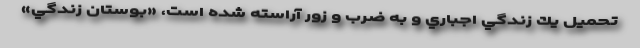
تحميل يك زندگي اجباري و به ضرب و زور آراسته شده است، «بوستان زندگي»